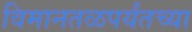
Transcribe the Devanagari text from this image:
विमानतळपर्यंतच्या